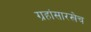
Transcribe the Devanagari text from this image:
ग्रहांसारखेच